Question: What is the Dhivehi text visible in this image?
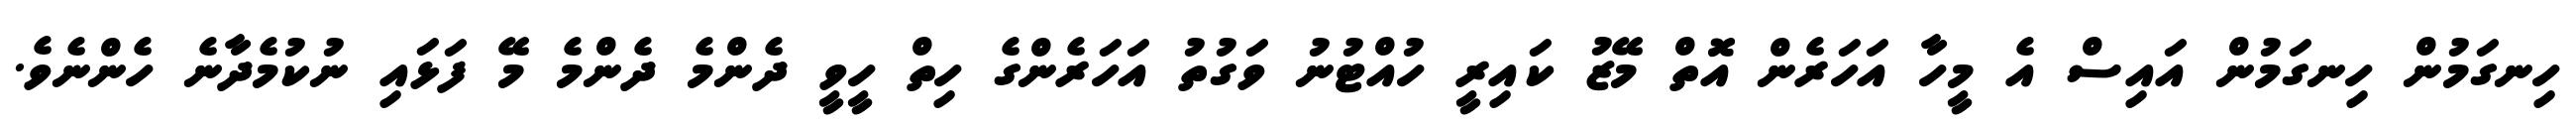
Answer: ހިނގަމުން ހިނގަމުން އައިސް އެ މީހާ އަހަރެން އޮތް މޭޒު ކައިރީ ހުއްޓުނު ވަގުތު އަހަރެންގެ ހިތް ހީވީ ދެންމެ ދެންމެ މޭ ފަޅައި ނުކުމެދާނެ ހެންނެވެ.